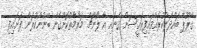
ގްރޫޕާ ބައްދަލުކުރައްވައިފިރައީސަށް ގެނައި އާ ލޯންޗް މަރާމާތުކޮށްގެން ބޭނުންކުރަން ފަށައިފި